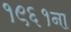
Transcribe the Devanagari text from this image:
१९६१ना